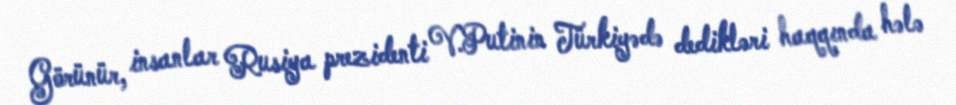
Görünür, insanlar Rusiya prezidenti V.Putinin Türkiyədə dedikləri haqqında hələ